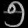
Digit: ၅